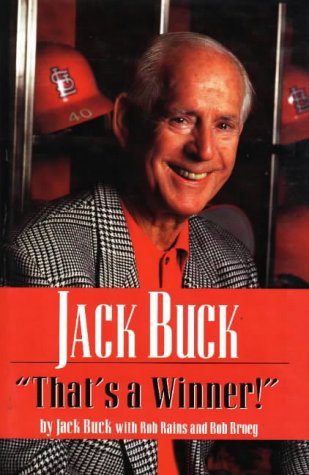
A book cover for Jack Buck: That's a Winner; Jack Buck; Sports & Outdoors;